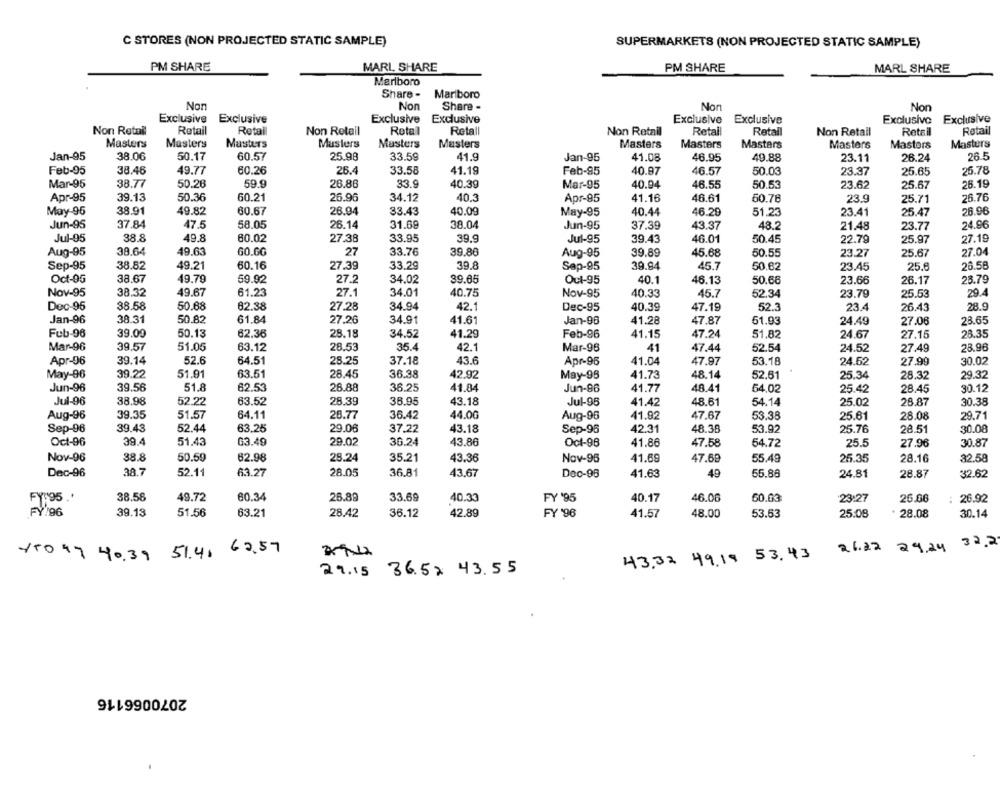
C STORES (NON PROJECTED STATIC SAMPLE)
SUPERMARKETS (NON PROJECTED STATIC SAMPLE)
PM SHARE
MARL, SHARE
PM SHARE
MARL SHARE
Marlboro
Share -
Mariboro
Non
Non
Share -
Non
Non
Exclusive
Exclusive
Exclusive
Exclusive
Exclusive
Exclusive
Exclusivo
Exclusive
Non Retail
Retail
Retal
Non Retail
Rotal
Retall
Non Retail
Retal
Retal
Non Retail
Retail
Retail
Masters
Masters
Masters
Musters
Masters
Masters
Masters
Masters
Masters
Masters
Masters
Masters
Jan-95
38.06
50.17
60.57
25.98
33.59
41.9
Jan-95
41.08
46.95
49.88
23.11
26.24
26.5
Feb-95
38.46
49.77
60.26
26.4
33.58
41.19
Feb-95
40.97
46.57
50.03
23.37
25.65
25.78
40.39
Mar-95
38.77
50.26
59.9
26.86
33.9
Mar-95
40.94
46.55
50.53
23.62
25.67
26.19
Apr-95
39.13
50.36
60.21
26.96
34.12
40.3
Apr-95
41.16
46.61
60.76
23.9
26.76
25.71
May-95
38.91
49.82
60.67
26.94
33.43
40.09
May-95
40.44
46.29
51.23
23.41
25.47
26.96
Jun-95
37.84
47.5
58.05
26.14
31.68
38.04
Jun-95
37.39
43.37
48.2
21.48
23.77
24.96
Jul-95
38.8
49.8
60.02
33.95
39.9
Jul-95
39.43
46.01
50.45
25.97
27.19
27.38
22.79
Aug-95
38.64
49.63
GO.GG
27
33.76
39.86
Aug-95
39.89
45.68
50.55
23.27
25.67
27.04
Sep-95
38.82
49.21
60.16
27.39
33.29
39.8
Sap-95
39.94
45.7
50.62
23.45
25.6
26.58
Oct-95
38.67
49.79
59.92
27.2
34.02
39.65
Oct-95
40.1
46.13
50.68
23.66
26.17
23.79
Nov-95
38.32
49.67
61.23
27.1
34.01
40.75
Nov-95
40.33
45.7
52.34
23.79
25.53
29.4
Doc-95
38.58
50.68
82.38
27.28
34.94
42.1
Dec-95
40.39
47.19
52.3
23.4
26.43
28.9
Jan-96
38.31
50.82
61.84
27.26
34.91
41.61
Jan-96
41.28
47.87
61.93
24.49
27.06
23.65
Feb-96
50.13
62.36
28.18
41.29
28.35
39.09
34.52
Feb-96
41.15
47.24
51,82
24.67
27.15
Mar-96
39.57
51.05
63.12
28.53
35.4
42.1
Mar-98
41
47.44
52.54
24.52
27.49
23.96
Apr-96
39.14
52.6
64.51
28.25
37.18
43.6
Apr-96
41.04
47.97
53.18
24.52
27.99
30.02
May-96
39.22
51.91
63.51
28.45
36.38
42.92
May-96
41.73
48.14
52.61
25.34
28.32
29.32
Jun-96
39.56
51.8
62.53
28.88
36.25
41.84
Jun-96
41.77
48.41
54.02
25.42
28.45
30.12
Jul-96
38.98
52.22
63.52
28.39
36.95
43.18
Jul-95
41.42
48.61
54.14
25.02
26.87
30.38
Aug-96
39.35
51.57
64.11
28.77
36.42
44.00
Aug-96
41.92
47.67
53.38
25.61
28.08
29.71
Sep-96
39.43
52.44
63.25
29.06
43.18
37.22
Sep-96
42.31
48.38
53.92
25.76
28.51
30.08
Oct-96
39.4
51.43
G3.49
29.02
30.24
43.86
Oct-98
41.86
47.58
54.72
25.5
27.96
30.87
Nov-96
38.8
50.59
62.98
28.24
35.21
43.36
Nov-95
41.69
47.69
55.49
25.35
28.16
32.58
Dec-96
38.7
52.11
63.27
28.05
36.81
43.67
Doc-96
41.63
49
65.86
24.81
28.87
32.62
FY.95 .'
38.58
49.72
80.34
26.89
33.69
40.33
FY '95
40.17
46.06
60.03
23:27
26.06
: 26.92
FY 96
39.13
51.56
63.21
28.42
36.12
42.89
FY '96
41.57
48.00
53.53
25.08
28.08
30.14
32,2
150.47 40.39 51.41 60,57
26.22 24.24
43.32 49.19 53.43
29.15 36.52 43.55
2070066116